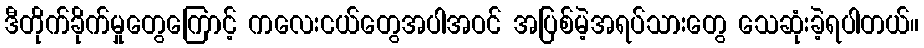
ဒီတိုက်ခိုက်မှုတွေကြောင့် ကလေးငယ်တွေအပါအဝင် အပြစ်မဲ့အရပ်သားတွေ သေဆုံးခဲ့ရပါတယ်။